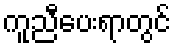
ကူညီပေးရာတွင်